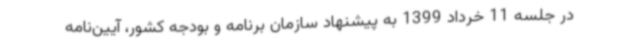
در جلسه 11 خرداد 1399 به پیشنهاد سازمان برنامه و بودجه کشور، آیین‌نامه